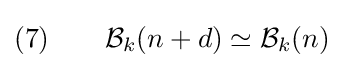
(7)\qquad {\mathcal {B}}_{k}(n+d)\simeq {\mathcal {B}}_{k}(n)